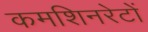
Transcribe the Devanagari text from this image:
कमशिनरेटों